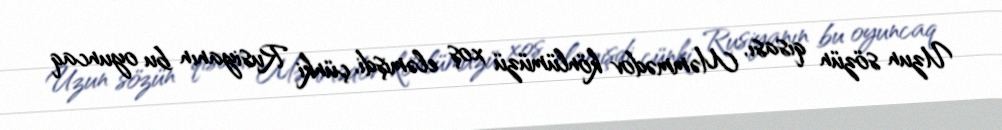
Uzun sözün qısası, Məmmədov könlümüzü xoş eləmişdi, çünki Rusiyanın bu oyuncaq